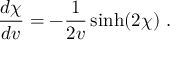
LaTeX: { \frac { d \chi } { d v } } = - { \frac { 1 } { 2 v } } \sinh ( 2 \chi ) \ .